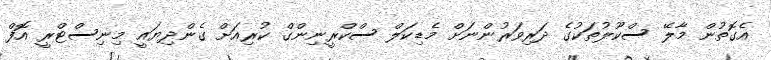
އެގޮތުން މާލޭ ސްކޫލުތަކުގެ ދަރިވަރުންނަށް މެޑިކަލް ސްކްރީނިންގް ކުރިއަށް ގެންދިޔައީ މިނިސްޓްރީ އޮފް